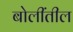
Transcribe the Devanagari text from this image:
बोलींतील